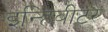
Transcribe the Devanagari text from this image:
इन्हिबीटर